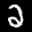
Label: 2